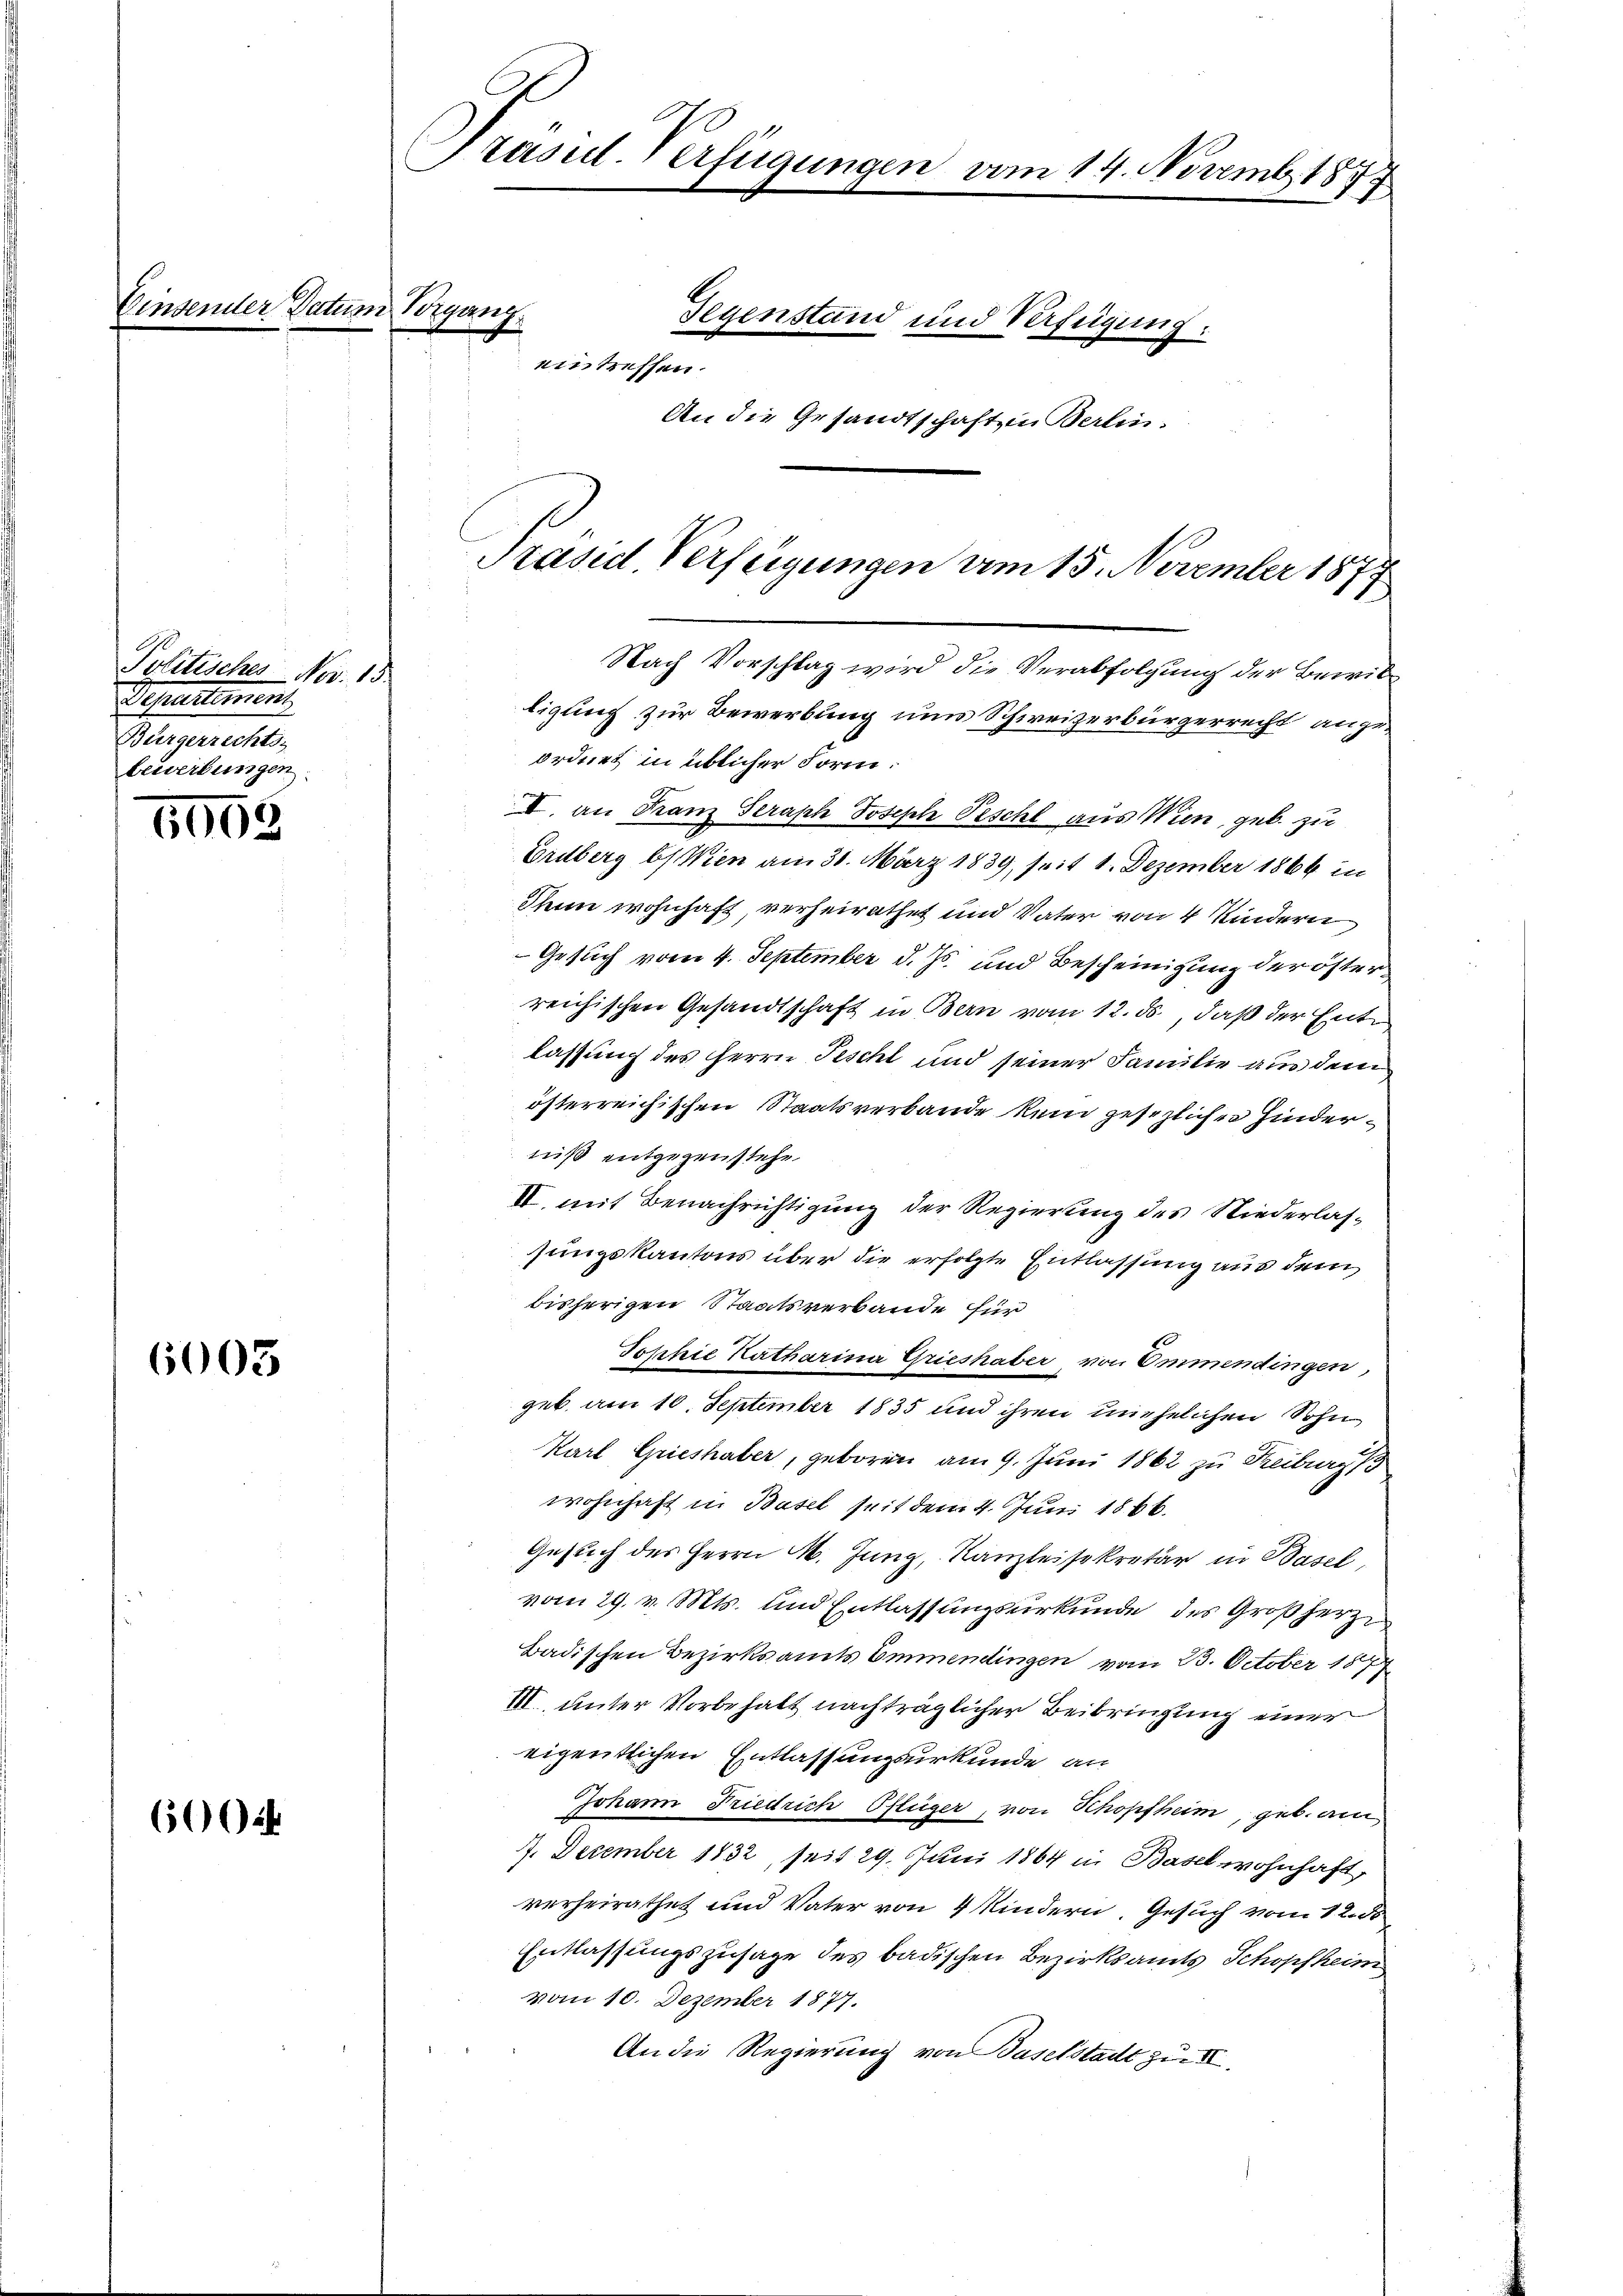
Politisches Nov. 13.
Separtement
Bürgerrechts-
bewerbungen

6905

6003

60024

Einsender Datum Vorgang.

Präsul-Verfügungen vom 14. Novemb. 1877

Gegenstand und Verfügung:
eintreffen.
An die Gesandtschaft in Berlin.

Nach Vorschlag wird die Verabfolgung der Bewil
ligung zur Bewerbung uns Schweizerbürgerrecht angeordnet in üblicher Form:
II. an Franz Straph Joseph Peschl aus Wien, geb. zu
Erdberg bis Wien am 31. März 1839, seit 1. Dezember 1864 in
Thun wohnhaft verheirathet und Vater von 4 Kindern
Gesuch vom 4. September d. Js. und Bescheinigung der österreichischen Gesandtschaft in Bern vom 12. ds, daß der Entlassung des Herrn Teschl und seiner Familie aus dem
österreichischen Staatsverbande kein gesezlichen Hinderniß entgegenstehe
II. mit Benachrichtigung der Regierung des Niederlassungskantons über die erfolgte Entlassung aus dem
bisherigen Staatsverbande für
Jophie Katharina Grieshaber von Emmendingen,
geb. am 10. September 1835 und ihren unehelichen Sohn
Karl Grieshaber, geboren am 9. Juni 1862 zu Freiberg
wohnhaft in Basel seit dem 4. Juni 1866.
Gesuch des Herrn M. Jung, Kanzleisekretär in Basel,
vom 29. v. Mts. und Entlassungsurkunde des Großherze
Badischen Bezirksamts Emmendingen vom 23. October 1877
III. unter Vorbehalt nachträglicher Beibringung einer
eigentlichen Entlassungsurkunde an
Johann Friedrich Pflüger, von Schopfheim, geb. am
4. December 1832, seit 29. Juni 1864 in Basel wohnhaft,
verheirathet und Vater von 4 Kindern. Gesuch vom 12. d
Entlassungszusage des badischen Bezirksamts Schopfheim
vom 10. Dezember 1877.
An die Regierung von Baselstadt zu I

Präsid. Verfügungen am 15. November 1877